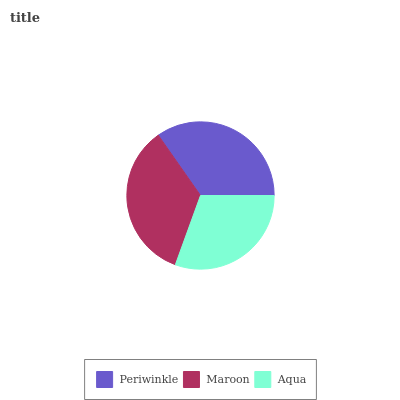
| Periwinkle | Maroon | Aqua |
 | --- | --- | --- |
 | 34.7% | 34.7% | 30.6% |